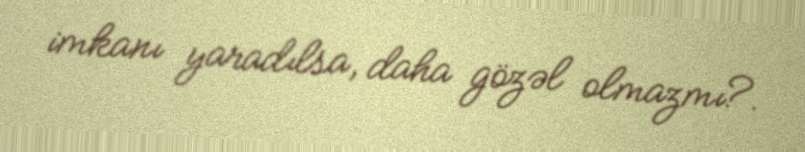
imkanı yaradılsa, daha gözəl olmazmı?.